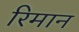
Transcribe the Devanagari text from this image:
रिमान